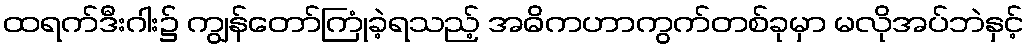
ထရက်ဒီးဂါး၌ ကျွန်တော်ကြုံခဲ့ရသည့် အဓိကဟာကွက်တစ်ခုမှာ မလိုအပ်ဘဲနှင့်